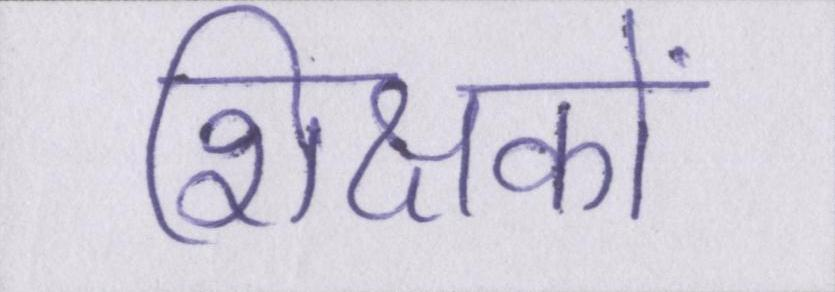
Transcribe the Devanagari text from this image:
शिक्षकों